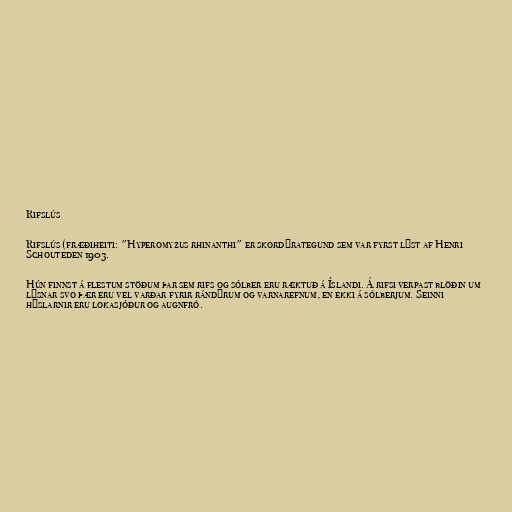
Rifslús

Rifslús (fræðiheiti: "Hyperomyzus rhinanthi" er skordýrategund sem var fyrst lýst af Henri
Schouteden 1903.

Hún finnst á flestum stöðum þar sem rifs og sólber eru ræktuð á Íslandi. Á rifsi verpast blöðin um
lýsnar svo þær eru vel varðar fyrir rándýrum og varnarefnum, en ekki á sólberjum. Seinni
hýslarnir eru lokasjóður og augnfró.